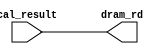
module SWTICH_IO(
    output     [31:0]   dram_rd,
    input      [31:0]   cal_result
    );  
    assign dram_rd = cal_result;
endmodule